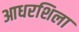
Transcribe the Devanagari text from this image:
आधरशिला